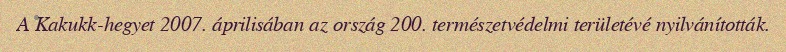
A Kakukk-hegyet 2007. áprilisában az ország 200. természetvédelmi területévé nyilvánították.